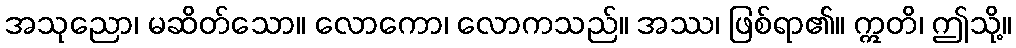
အသုညော၊ မဆိတ်သော။ လောကော၊ လောကသည်။ အဿ၊ ဖြစ်ရာ၏။ ဣတိ၊ ဤသို့။